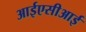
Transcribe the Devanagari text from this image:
आईएसीआई